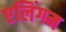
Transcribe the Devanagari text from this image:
एलिंगम